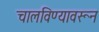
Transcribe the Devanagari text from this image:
चालविण्यावरून